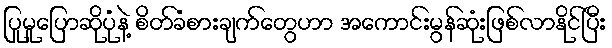
ပြုမူပြောဆိုပုံနဲ့ စိတ်ခံစားချက်တွေဟာ အကောင်းမွန်ဆုံးဖြစ်လာနိုင်ပြီး